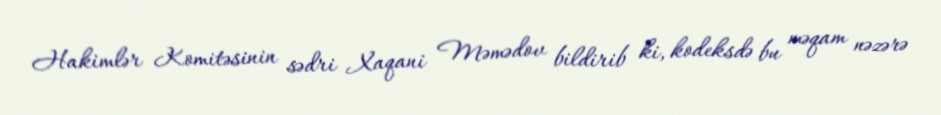
Hakimlər Komitəsinin sədri Xaqani Məmədov bildirib ki, kodeksdə bu məqam nəzərə